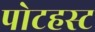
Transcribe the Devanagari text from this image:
पोटहस्ट